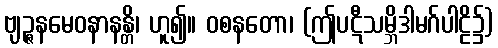
ဗျဉ္ဇနမေဝနာနန္တိ၊ ဟူ၍။ ဝစနတော၊ (ဤပဋီသမ္ဘိဒါမဂ်ပါဠိ၌)